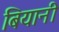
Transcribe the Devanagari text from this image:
बियानी